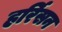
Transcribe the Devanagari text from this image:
हर्रिसन